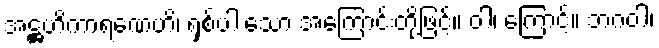
အဋ္ဌဟိကာရဏေဟိ၊ ရှစ်ပါးသော အကြောင်းတို့ဖြင့်။ ဝါ၊ ကြောင့်။ ဘဂဝါ၊